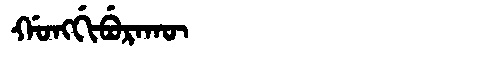
Manchu: ᡤᠣᠩᡤᡳᠪᡠᡵᠠᡴᡡ
Romanization: GONGGIBURAKŪ